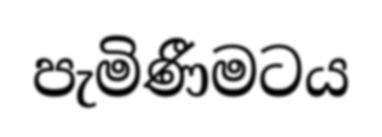
පැමිණීමටය